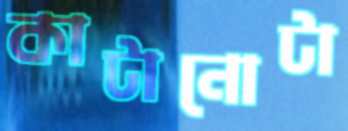
কাটানোটা